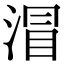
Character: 㴘